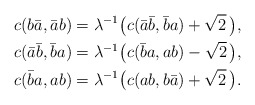
\begin{align*} c( b \bar{a}, \bar{a}b) &= \lambda^{-1}\bigl(c(\bar{a}\bar{b}, \bar{b}a) + \sqrt{2}\,\bigr), \\ c(\bar{a}\bar{b}, \bar{b}a) &= \lambda^{-1}\bigl(c(\bar{b} a , a b) - \sqrt{2}\,\bigr), \\ c(\bar{b} a , a b) &= \lambda^{-1}\bigl(c( a b , b\bar{a}) + \sqrt{2}\,\bigr).\end{align*}